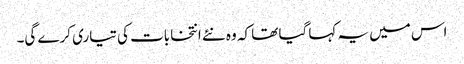
اس میں یہ کہا گیا تھا کہ وہ نئے انتخابات کی تیاری کرے گی۔